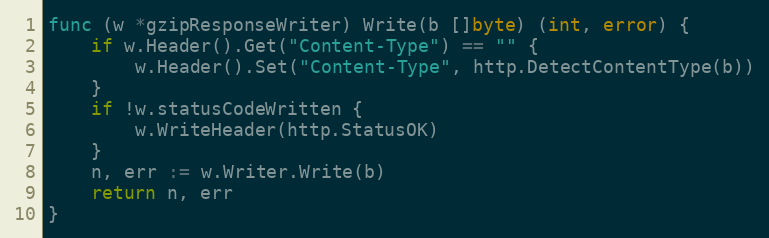
Language: Go
func (w *gzipResponseWriter) Write(b []byte) (int, error) {
	if w.Header().Get("Content-Type") == "" {
		w.Header().Set("Content-Type", http.DetectContentType(b))
	}
	if !w.statusCodeWritten {
		w.WriteHeader(http.StatusOK)
	}
	n, err := w.Writer.Write(b)
	return n, err
}